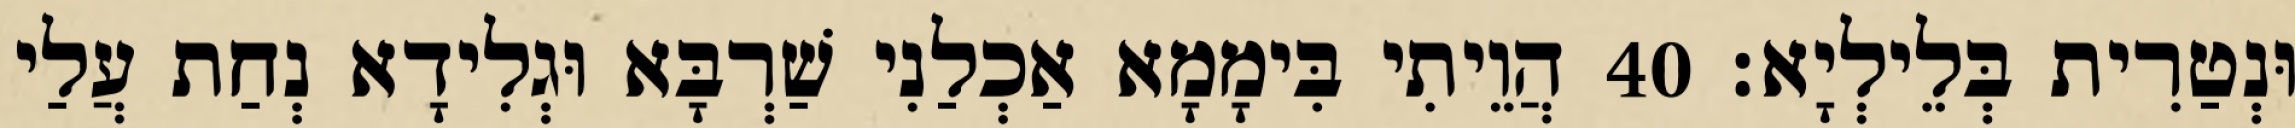
וּנְטַרִית בְּלֵילְיָא׃ 40 הֲוֵיתִי בִּימָמָא אַכְלַנִי שַׁרְבָּא וּגְלִידָא נְחַת עֲלַי